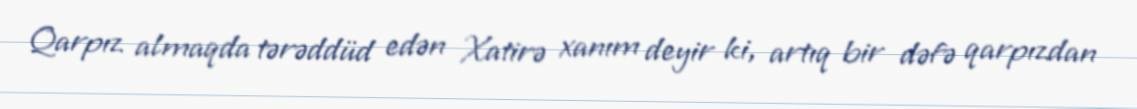
Qarpız almaqda tərəddüd edən Xatirə xanım deyir ki, artıq bir dəfə qarpızdan